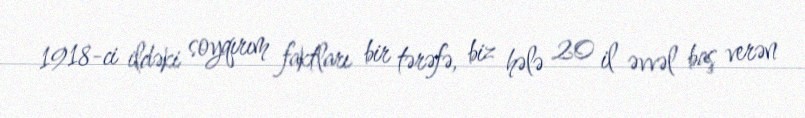
1918-ci ildəki soyqırım faktları bir tərəfə, biz hələ 20 il əvvəl baş verən